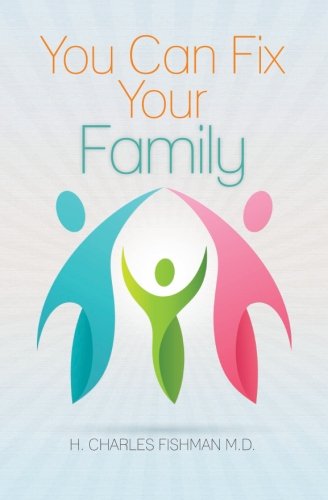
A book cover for You Can Fix Your Family; Charles Fishman; Parenting & Relationships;